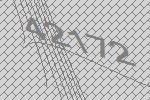
42172